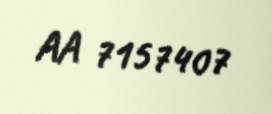
AA 7157407